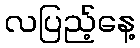
လပြည့်နေ့